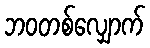
ဘဝတစ်လျှောက်